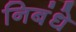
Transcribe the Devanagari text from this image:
निबंधे